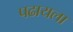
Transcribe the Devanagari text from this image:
पढायला